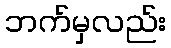
ဘက်မှလည်း